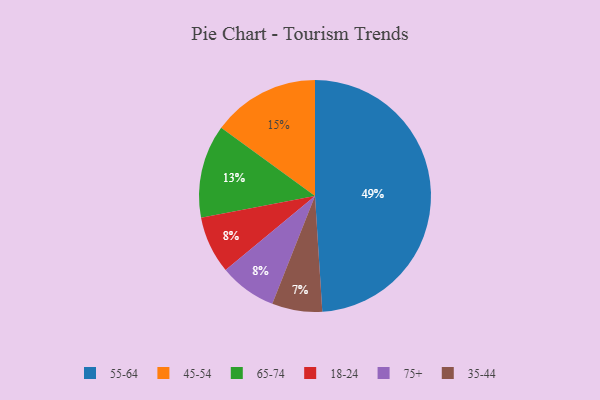
{"axis": {"x": "Category", "y": "Percentage"}, "legend": ["18-24", "35-44", "45-54", "55-64", "65-74", "75+"], "data": [{"x": "35-44", "y": 7, "type": "35-44"}, {"x": "45-54", "y": 15, "type": "45-54"}, {"x": "18-24", "y": 8, "type": "18-24"}, {"x": "65-74", "y": 13, "type": "65-74"}, {"x": "75+", "y": 8, "type": "75+"}, {"x": "55-64", "y": 49, "type": "55-64"}]}